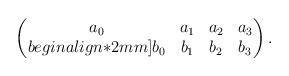
LaTeX: \begin{align*}\begin{pmatrix}a_0 & a_1 & a_2 & a_3 \\begin{align*}2mm]b_0 & b_1 & b_2 & b_3 \end{pmatrix}.\end{align*}